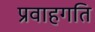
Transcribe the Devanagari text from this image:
प्रवाहगति